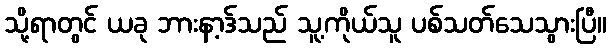
သို့ရာတွင် ယခု ဘားနာ့ဒ်သည် သူ့ကိုယ်သူ ပစ်သတ်သေသွားပြီ။